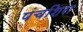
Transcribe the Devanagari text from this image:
पंचशिरा